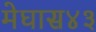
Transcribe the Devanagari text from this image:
मेघास४३